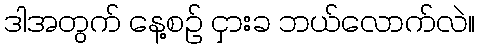
ဒါအတွက် နေ့စဉ် ငှားခ ဘယ်လောက်လဲ။